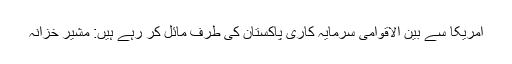
امریکا سے بین الاقوامی سرمایہ کاری پاکستان کی طرف مائل کر رہے ہیں: مشیر خزانہ